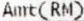
AMT(RM)